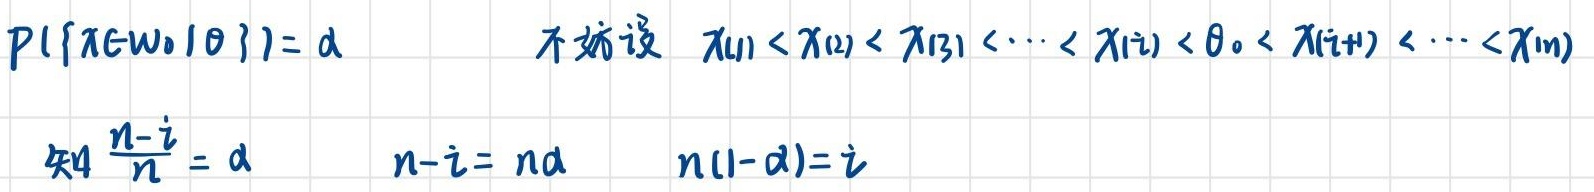
\[
\begin{align*}
P\{X\in\omega_0|\theta\}&=\alpha\\
\text{不妨设 }x_{(1)}&<x_{(2)}<x_{(3)}<\cdots<x_{(i)}<\theta_0<x_{(i + 1)}<\cdots<x_{(n)}\\
\text{知 }\frac{n - i}{n}&=\alpha\\
n - i&=n\alpha\\
n(1 - \alpha)&=i
\end{align*}
\]